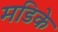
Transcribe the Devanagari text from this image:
मडिके